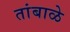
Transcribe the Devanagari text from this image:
तांबाळे